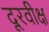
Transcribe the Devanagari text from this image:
दूरवीक्ष